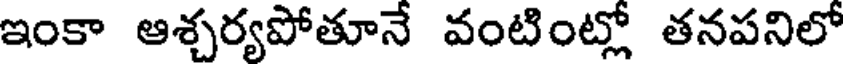
ఇంకా ఆశ్చర్యపోతూనే వంటింట్లో తనపనిలో